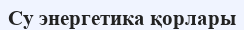
Су энергетика қорлары